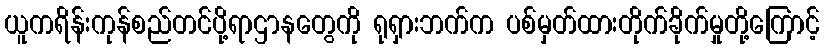
ယူကရိန်းကုန်စည်တင်ပို့ရာဌာနတွေကို ရုရှားဘက်က ပစ်မှတ်ထားတိုက်ခိုက်မှုတို့ကြောင့်